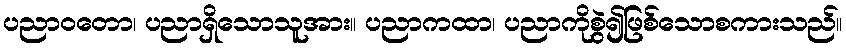
ပညာဝတော၊ ပညာရှိသောသူအား။ ပညာကထာ၊ ပညာကိုစွဲ၍ဖြစ်သောစကားသည်။